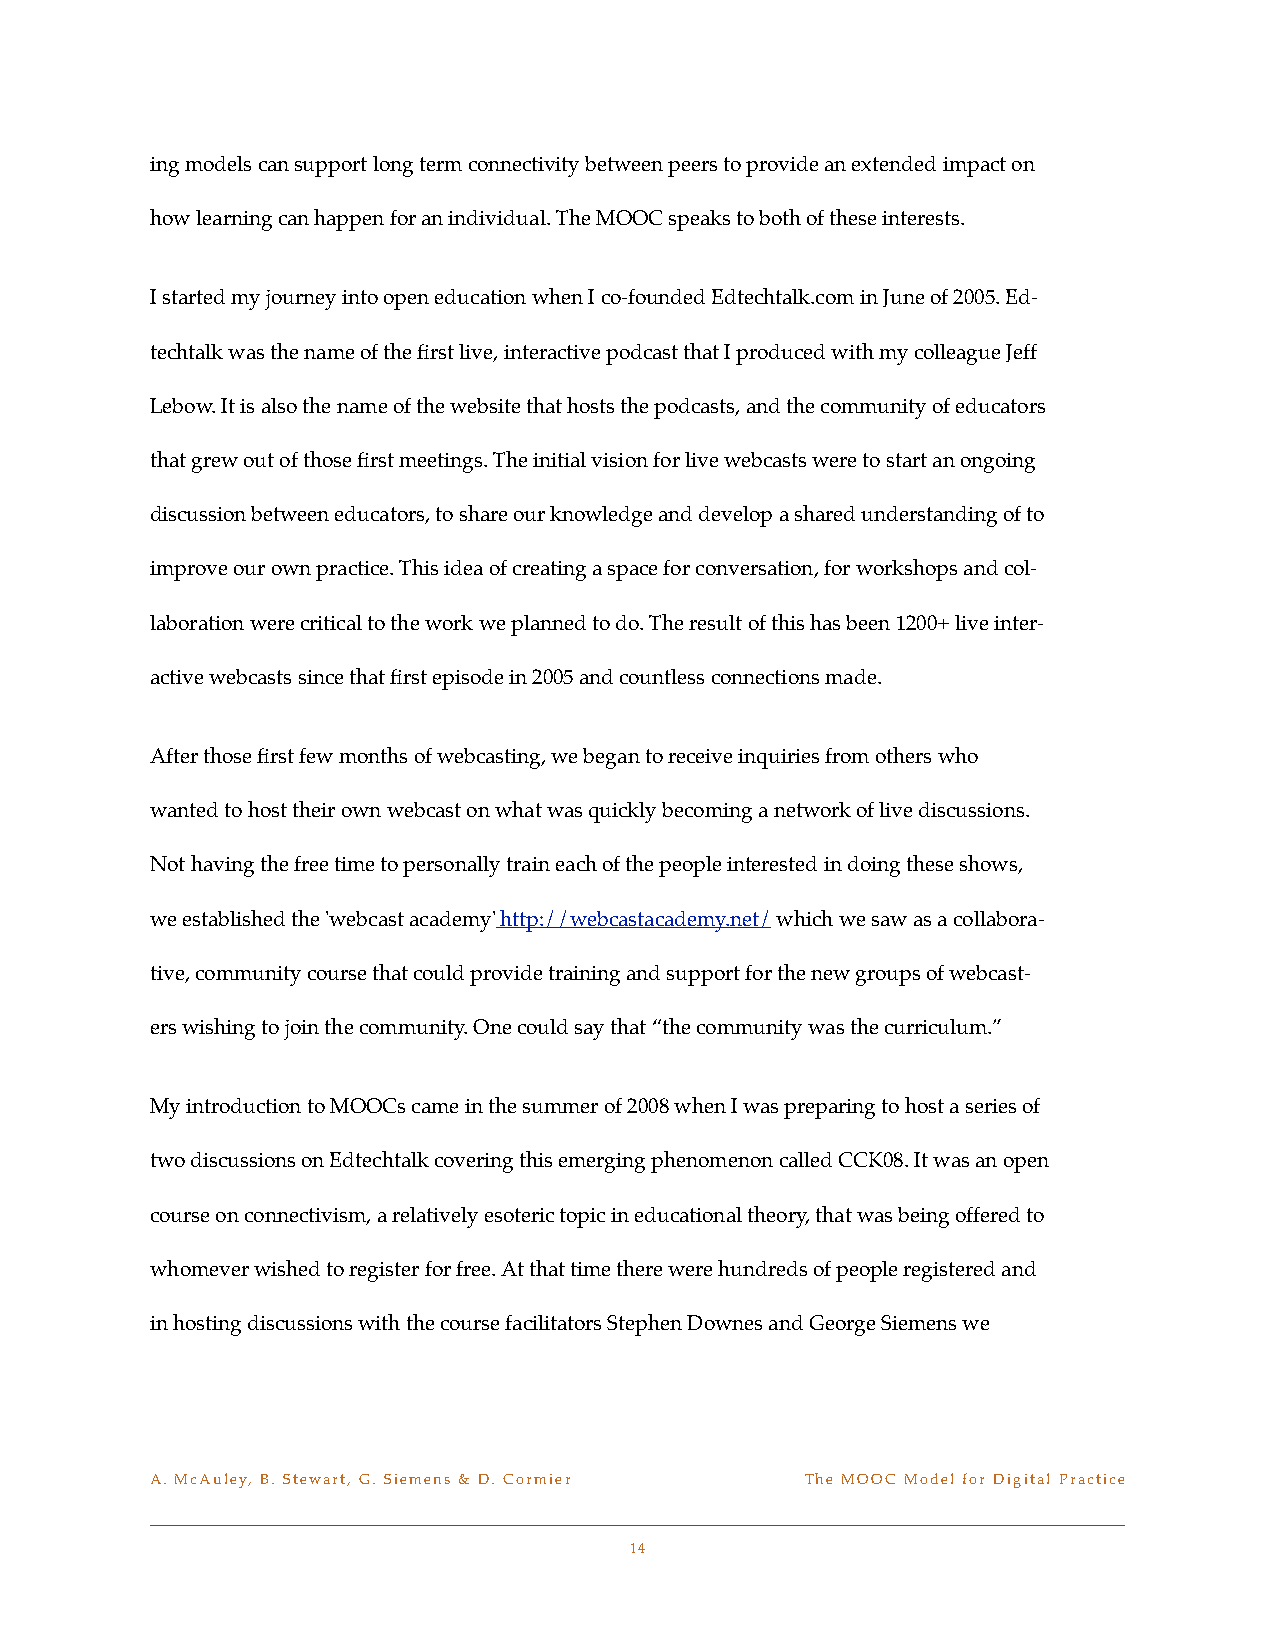
ing models can support long term connectivity between peers to provide an extended impact on
 how learning can happen for an individual. The MOOC speaks to both of these interests.
 I started my journey into open education when I co-founded Edtechtalk.com in June of 2005. Ed-
 techtalk was the name of the first live, interactive podcast that I produced with my colleague Jeff
 Lebow. It is also the name of the website that hosts the podcasts, and the community of educators
 that grew out of those first meetings. The initial vision for live webcasts were to start an ongoing
 discussion between educators, to share our knowledge and develop a shared understanding of to
 improve our own practice. This idea of creating a space for conversation, for workshops and col-
 laboration were critical to the work we planned to do. The result of this has been 1200+ live inter-
 active webcasts since that first episode in 2005 and countless connections made.
 After those first few months of webcasting, we began to receive inquiries from others who
 wanted to host their own webcast on what was quickly becoming a network of live discussions.
 Not having the free time to personally train each of the people interested in doing these shows,
 we established the 'webcast academy' http://webcastacademy.net/ which we saw as a collabora-
 tive, community course that could provide training and support for the new groups of webcast-
 ers wishing to join the community. One could say that “the community was the curriculum.”
 My introduction to MOOCs came in the summer of 2008 when I was preparing to host a series of
 two discussions on Edtechtalk covering this emerging phenomenon called CCK08. It was an open
 course on connectivism, a relatively esoteric topic in educational theory, that was being offered to
 whomever wished to register for free. At that time there were hundreds of people registered and
 in hosting discussions with the course facilitators Stephen Downes and George Siemens we
 A. McAuley, B. Stewart, G. Siemens & D. Cormier! The MOOC Model for Digital Practice
 14